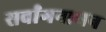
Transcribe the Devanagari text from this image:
सर्वांगनाथन